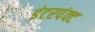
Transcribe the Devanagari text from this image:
इंटरपंक्ट